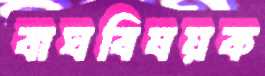
বাঘবিষয়ক